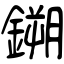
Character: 鎙